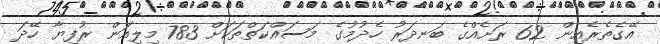
އޭގެތެރެއިން 62 ރަށެއްގެ ބަނދަރު ހެދުމުގެ މަސައްކަތްތަކަށް 783 މިލިއަން ރުފިޔާ ހޭދަ